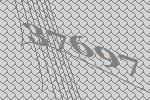
37697